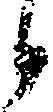
候